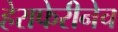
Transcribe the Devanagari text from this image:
हेराफेरीनेच